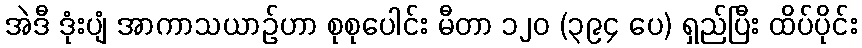
အဲဒီ ဒုံးပျံ အာကာသယာဉ်ဟာ စုစုပေါင်း မီတာ ၁၂၀ (၃၉၄ ပေ) ရှည်ပြီး ထိပ်ပိုင်း